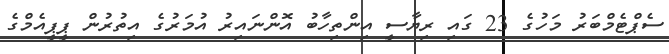
ސެޕްޓެމްބަރު މަހުގެ 23 ގައި ރިޔާސީ އިންތިހާބު އޮންނައިރު އުމަރުގެ އިތުރުން ޕީޕީއެމްގެ